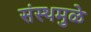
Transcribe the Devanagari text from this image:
संस्थमुळे